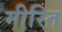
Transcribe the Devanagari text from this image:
मीस्ति